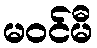
မဝင်မီ